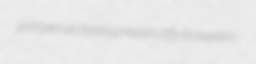
partyers ectases presanctify Rossellini